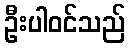
ဦးပါဝင်သည်